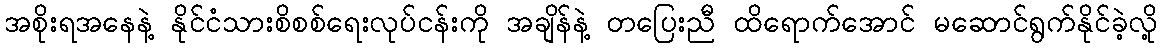
အစိုးရအနေနဲ့ နိုင်ငံသားစိစစ်ရေးလုပ်ငန်းကို အချိန်နဲ့ တပြေးညီ ထိရောက်အောင် မဆောင်ရွက်နိုင်ခဲ့လို့